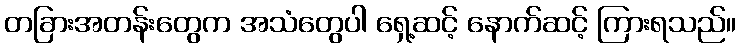
တခြားအတန်းတွေက အသံတွေပါ ရှေ့ဆင့် နောက်ဆင့် ကြားရသည်။